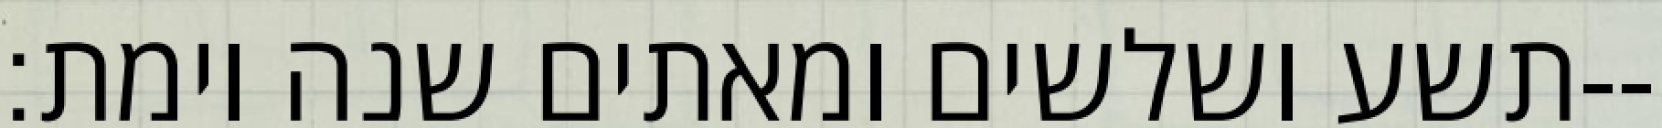
תשע ושלשים ומאתים שנה וימת׃--